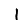
Digit: 1